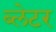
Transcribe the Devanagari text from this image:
ब्लेटर